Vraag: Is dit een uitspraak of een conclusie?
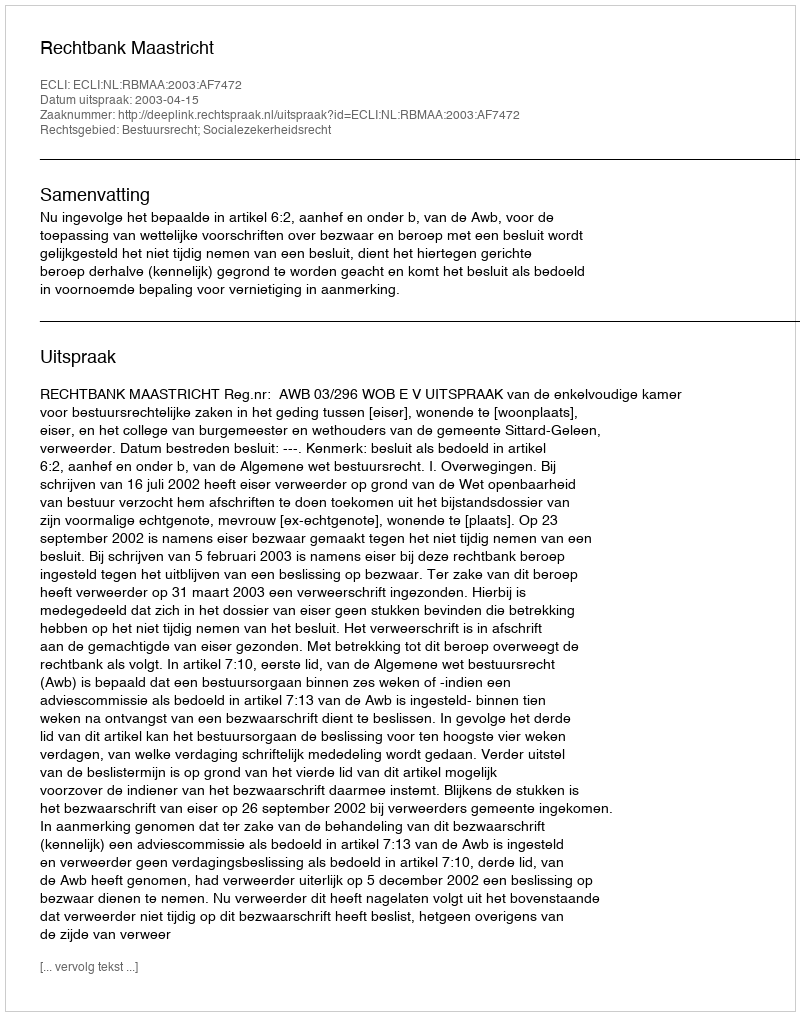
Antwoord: Uitspraak